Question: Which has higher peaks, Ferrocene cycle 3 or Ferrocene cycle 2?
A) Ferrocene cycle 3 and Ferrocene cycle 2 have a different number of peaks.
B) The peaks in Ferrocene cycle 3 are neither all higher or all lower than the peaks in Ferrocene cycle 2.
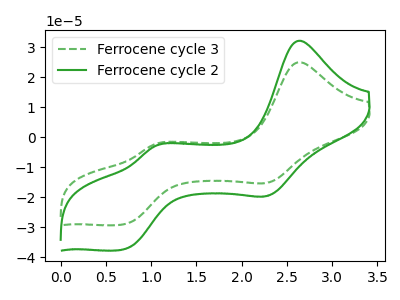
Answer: <think>The green dashed curve "Ferrocene cycle 3" has anodic peaks at (2.65V, 24.95uA) (1.05V, -2.30uA) and cathodic peaks at (2.30V, -15.05uA) (0.70V, -29.10uA). The green curve "Ferrocene cycle 2" has anodic peaks at (2.65V, 32.15uA) (1.05V, -2.95uA) and cathodic peaks at (2.30V, -19.40uA) (0.70V, -37.45uA).</think>
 <answer>B) The peaks in "Ferrocene cycle 3" are neither all higher or all lower than the peaks in "Ferrocene cycle 2".</answer>
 <eval>B</eval>